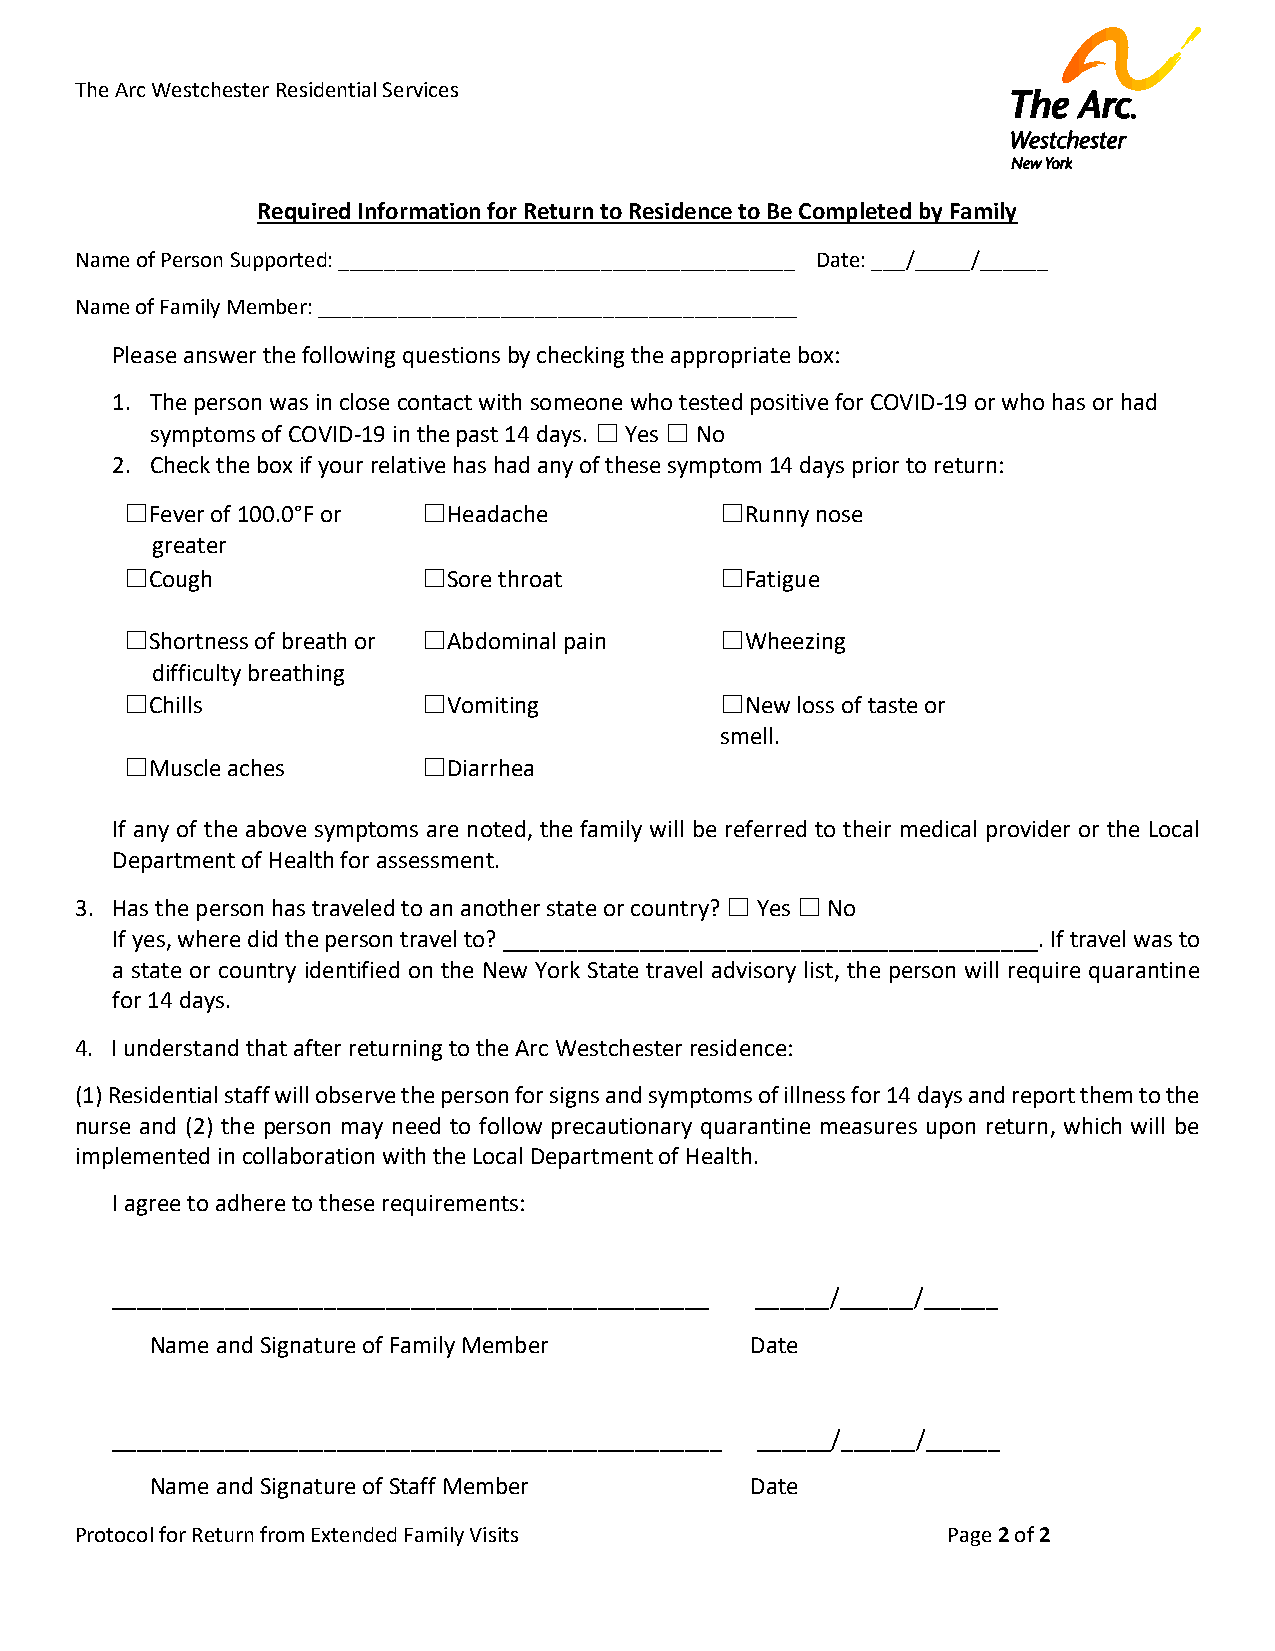
The Arc Westchester Residential Services
 Required Information for Return to Residence to Be Completed by Family
 Name of Person Supported: ________________________________________ Date: ___/_____/______
 Name of Family Member: __________________________________________
 Please answer the following questions by checking the appropriate box:
 1. The person was in close contact with someone who tested positive for COVID-19 or who has or had
 symptoms of COVID-19 in the past 14 days. ☐ Yes ☐ No
 2. Check the box if your relative has had any of these symptom 14 days prior to return:
 ☐Fever of 100.0°F or ☐Headache          ☐Runny nose
 greater
 ☐Cough              ☐Sore throat        ☐Fatigue
 ☐Shortness of breath or ☐Abdominal pain ☐Wheezing
 difficulty breathing
 ☐Chills             ☐Vomiting           ☐New loss of taste or
 smell.
 ☐Muscle aches       ☐Diarrhea
 If any of the above symptoms are noted, the family will be referred to their medical provider or the Local
 Department of Health for assessment.
 3. Has the person has traveled to an another state or country? ☐ Yes ☐ No
 If yes, where did the person travel to? ___________________________________________. If travel was to
 a state or country identified on the New York State travel advisory list, the person will require quarantine
 for 14 days.
 4. I understand that after returning to the Arc Westchester residence:
 (1) Residential staff will observe the person for signs and symptoms of illness for 14 days and report them to the
 nurse and (2) the person may need to follow precautionary quarantine measures upon return, which will be
 implemented in collaboration with the Local Department of Health.
 I agree to adhere to these requirements:
 ________________________________________________ ______/______/______
 Name and Signature of Family Member     Date
 _________________________________________________ ______/______/______
 Name and Signature of Staff Member      Date
 Protocol for Return from Extended Family Visits           Page 2 of 2